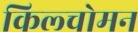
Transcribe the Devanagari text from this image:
किल्चोमन